Civil Veterinary Department Bengal reports 1933-51 - 1933-1951
Year: 1933
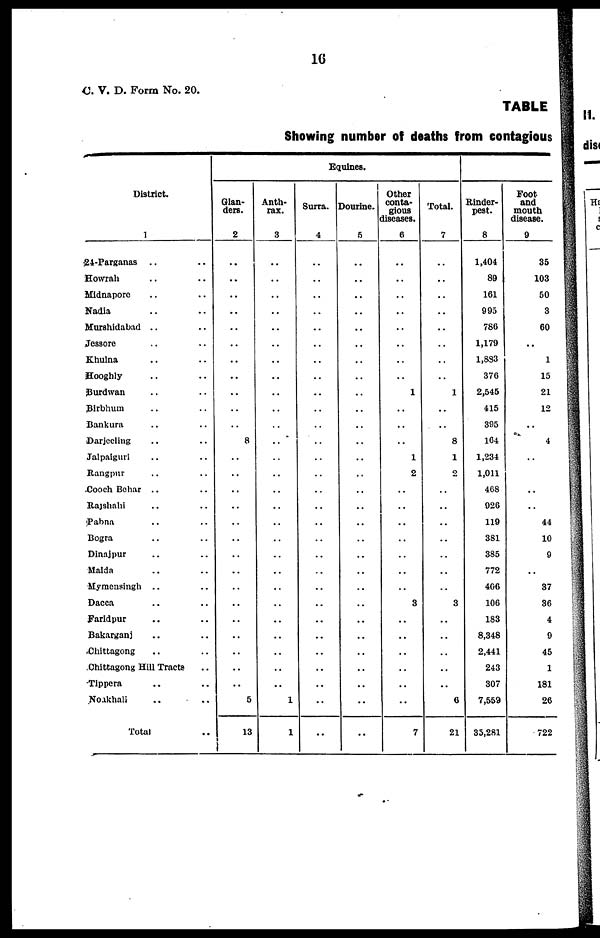
16
C. V. D. Form No. 20.
TABLE
Showing number off deaths from contagious
District.
1
24-Parganas .. ..
Howrah .. ..
Midnapore .. ..
Nadia .. ..
Murshidabad .. ..
Jessore .. ..
Khulna .. ..
Hooghly .. ..
Burdwan .. ..
Birbhum .. ..
Bankura .. ..
Darjeeling .. ..
Jalpaiguri .. ..
Rangpur .. ..
Cooch Behar .. ..
Rajshahi .. ..
Pabna .. ..
Bogra .. ..
Dinajpur .. ..
Malda .. ..
Mymeusingh .. ..
Dacca .. ..
Faridpur .. ..
Bakarganj .. ..
Chittagong .. ..
Chittagong Hill Tracts ..
Tippera .. ..
Noakhali .. ..
Total ..
Equines.
Glan-
ders.
2
..
..
..
..
..
..
..
..
..
..
..
8
..
..
..
..
..
..
..
..
..
..
..
..
..
..
..
5
13
Anth-
rax.
3
..
..
..
..
..
..
..
..
..
..
..
..
..
..
..
..
..
..
..
..
..
..
..
..
..
..
..
1
1
Surra.
4
..
..
..
..
..
..
..
..
..
..
..
..
..
..
..
..
..
..
..
..
..
..
..
..
..
..
..
..
..
Dourine.
5
..
..
..
..
..
..
..
..
..
..
..
..
..
..
..
..
..
..
..
..
..
..
..
..
..
..
..
..
..
Other
conta-
gions
diseases.
6
..
..
..
..
..
..
..
..
1
..
..
..
1
2
..
..
..
..
..
..
..
3
..
..
..
..
..
..
7
Total.
7
..
..
..
..
..
..
..
..
1
..
..
8
1
2
..
..
..
..
..
..
..
3
..
..
..
..
..
6
21
Rinder-
pest.
8
1,404
89
161
995
786
1,179
1,833
376
2,545
415
395
164
1,234
1,011
468
926
119
381
385
772
406
106
183
8,348
2,441
243
307
7,559
35,281
Foot
and
mouth
disease.
9
35
103
50
3
60
..
1
15
21
12
..
4
..
..
..
..
44
10
9
..
37
36
4
9
45
1
181
26
722